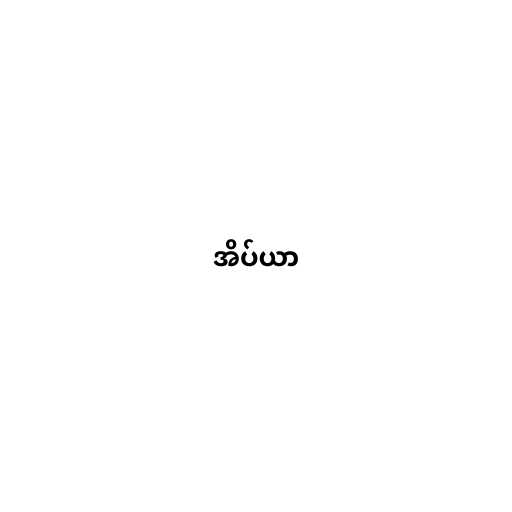
အိပ်ယာ